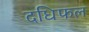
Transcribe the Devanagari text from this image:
दधिफल